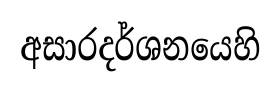
අසාරදර්ශනයෙහි